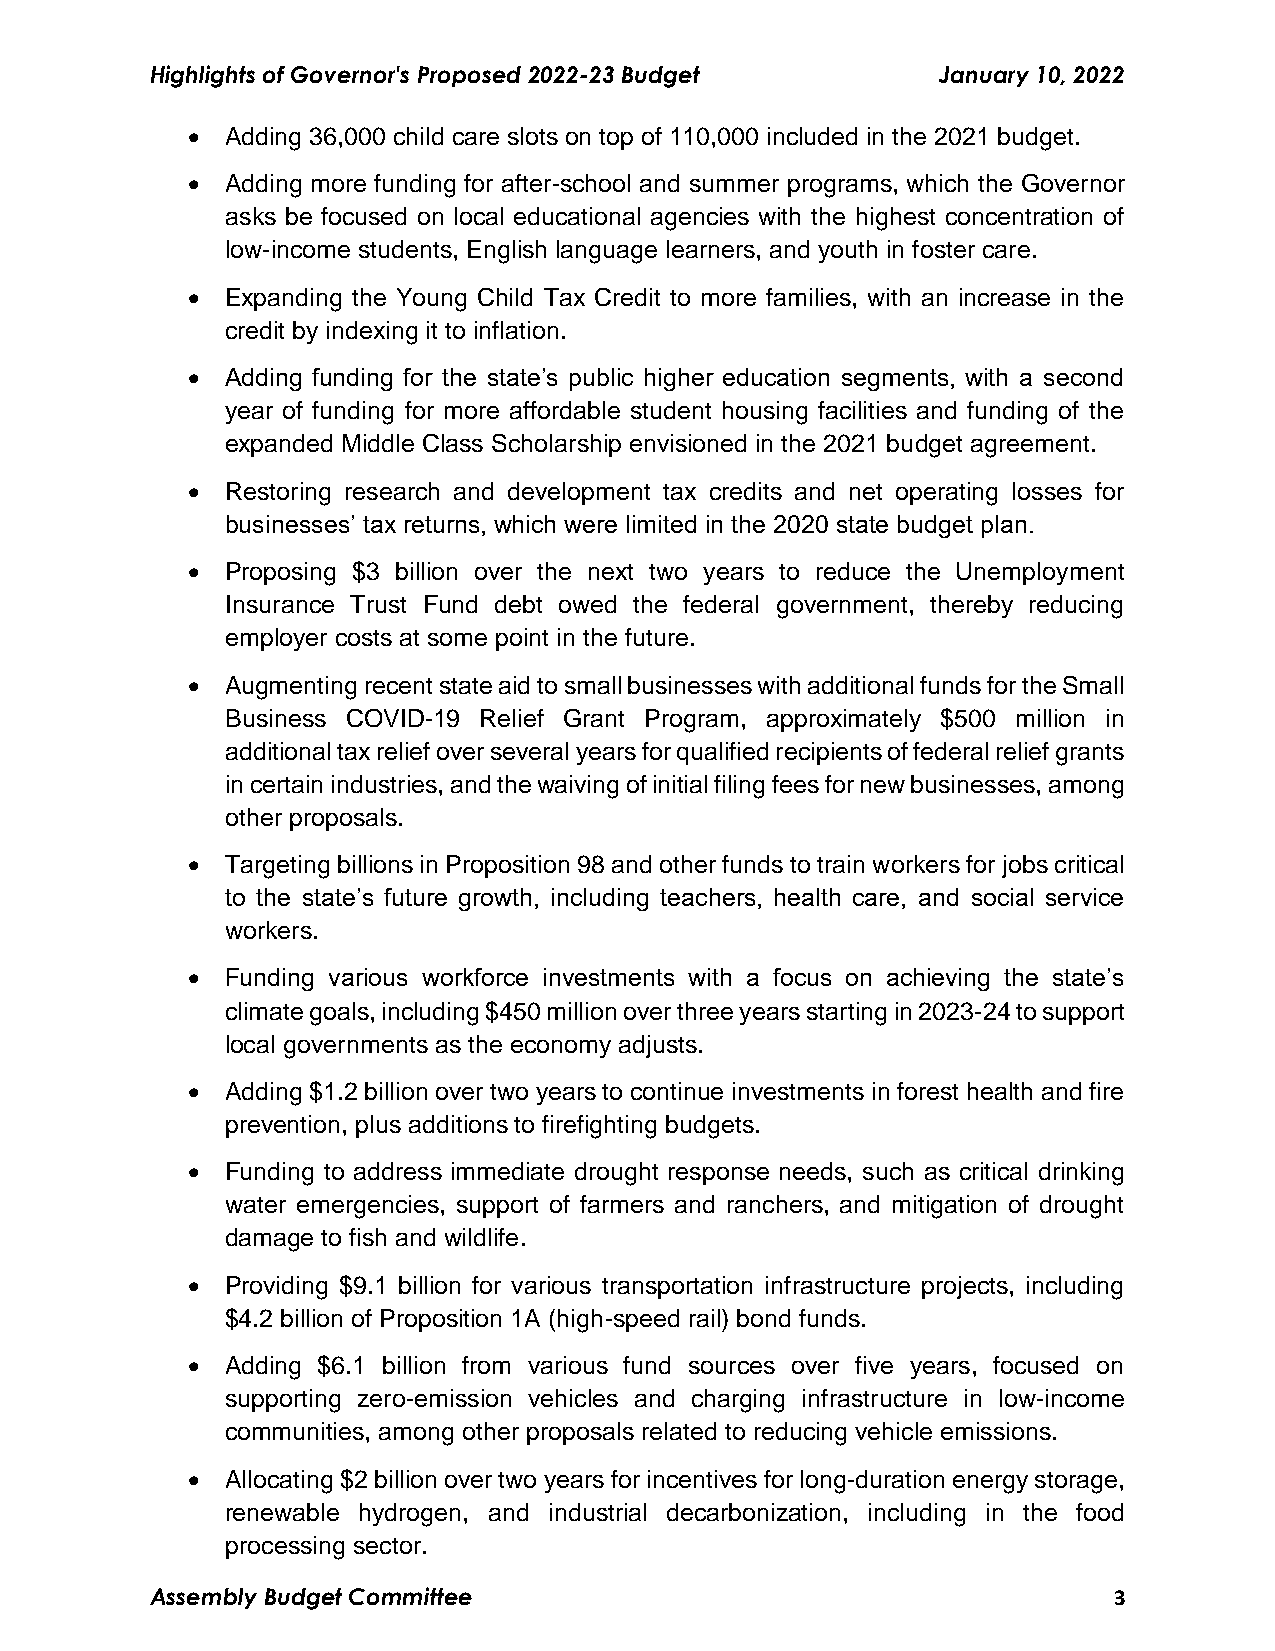
Highlights of Governor's Proposed 2022-23 Budget    January 10, 2022
   Adding 36,000 child care slots on top of 110,000 included in the 2021 budget.
   Adding more funding for after-school and summer programs, which the Governor
 asks be focused on local educational agencies with the highest concentration of
 low-income students, English language learners, and youth in foster care.
   Expanding the Young Child Tax Credit to more families, with an increase in the
 credit by indexing it to inflation.
   Adding funding for the state’s public higher education segments, with a second
 year of funding for more affordable student housing facilities and funding of the
 expanded Middle Class Scholarship envisioned in the 2021 budget agreement.
   Restoring research and development tax credits and net operating losses for
 businesses’ tax returns, which were limited in the 2020 state budget plan.
   Proposing $3 billion over the next two years to reduce the Unemployment
 Insurance Trust Fund debt owed the federal government, thereby reducing
 employer costs at some point in the future.
   Augmenting recent state aid to small businesses with additional funds for the Small
 Business COVID-19 Relief Grant Program, approximately $500 million in
 additional tax relief over several years for qualified recipients of federal relief grants
 in certain industries, and the waiving of initial filing fees for new businesses, among
 other proposals.
   Targeting billions in Proposition 98 and other funds to train workers for jobs critical
 to the state’s future growth, including teachers, health care, and social service
 workers.
   Funding various workforce investments with a focus on achieving the state’s
 climate goals, including $450 million over three years starting in 2023-24 to support
 local governments as the economy adjusts.
   Adding $1.2 billion over two years to continue investments in forest health and fire
 prevention, plus additions to firefighting budgets.
   Funding to address immediate drought response needs, such as critical drinking
 water emergencies, support of farmers and ranchers, and mitigation of drought
 damage to fish and wildlife.
   Providing $9.1 billion for various transportation infrastructure projects, including
 $4.2 billion of Proposition 1A (high-speed rail) bond funds.
   Adding $6.1 billion from various fund sources over five years, focused on
 supporting zero-emission vehicles and charging infrastructure in low-income
 communities, among other proposals related to reducing vehicle emissions.
   Allocating $2 billion over two years for incentives for long-duration energy storage,
 renewable hydrogen, and industrial decarbonization, including in the food
 processing sector.
 Assembly Budget Committee                                       3